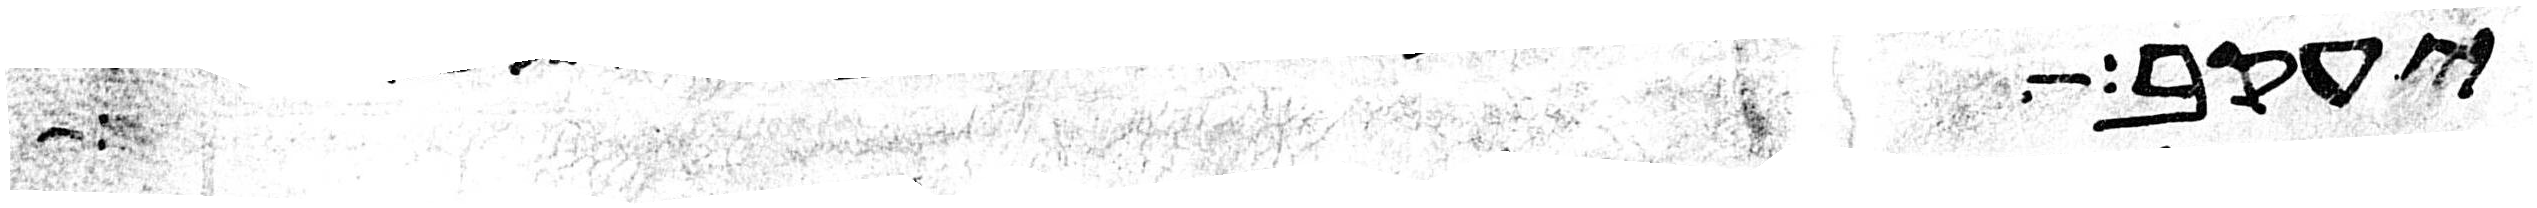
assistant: יעקב מאת פני יצחק אביו ועשו